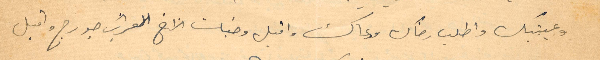
وعينيك واطلب رضاك ودعاك وقبل وجنات الأخ العزيز جورج واقبل